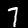
Digit: 7